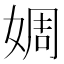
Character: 婤